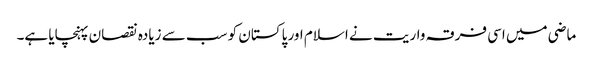
ماضی میں اسی فرقہ واریت نے اسلام اور پاکستان کو سب سے زیادہ نقصان پہنچایا ہے۔